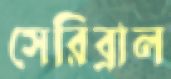
সেরিব্রাল